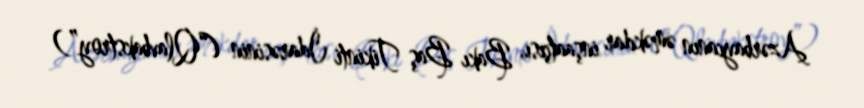
Azərbaycanın əməkdar inşaatçısı, Bakı Baş Tikinti İdarəsinin (“Qlavbakstroy”)